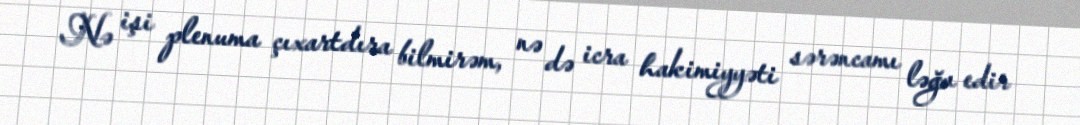
Nə işi plenuma çıxartdıra bilmirəm, nə də icra hakimiyyəti sərəncamı ləğv edir